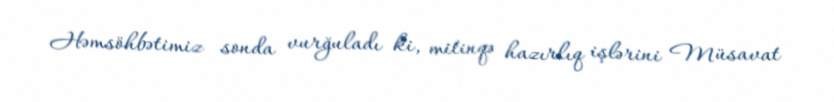
Həmsöhbətimiz sonda vurğuladı ki, mitinqə hazırlıq işlərini Müsavat